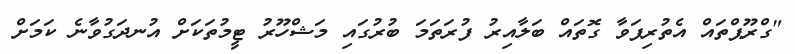
"ގްރޫޕްތައް އެތުރިފަވާ ގޮތައް ބަލާއިރު ފުރަތަމަ ބުރުގައި މަޝްހޫރު ޓީމުތަކަށް އުނދަގުވާނެ ކަމަށް